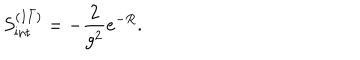
LaTeX: S _ { \mathrm { i n t } } ^ { ( I \bar { I } ) } = - \frac { 2 } { g ^ { 2 } } e ^ { - R } .